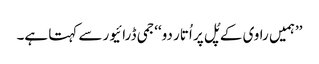
’’ہمیں راوی کے پُل پر اُتار دو‘‘جمی ڈرائیور سے کہتا ہے۔